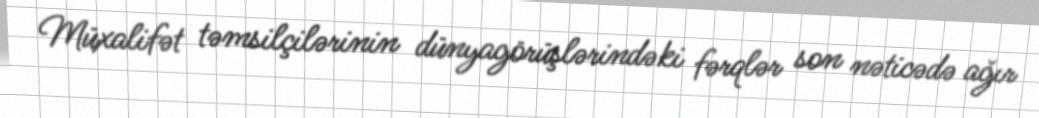
Müxalifət təmsilçilərinin dünyagörüşlərindəki fərqlər son nəticədə ağır